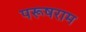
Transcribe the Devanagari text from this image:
परूषराम